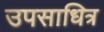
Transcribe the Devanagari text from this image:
उपसाधित्र